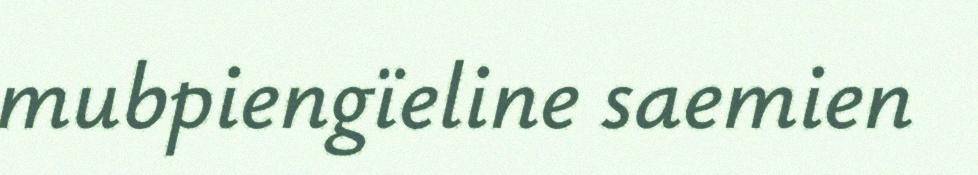
mubpiengïeline saemien